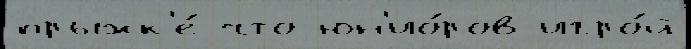
прыжк'е́ что юн'ио́ров игро́й